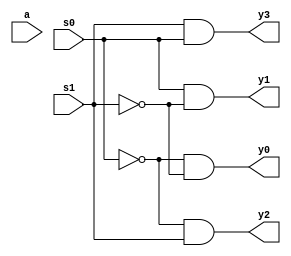

module demux_4x1_struct(a,y0,y1,y2,y3,s0,s1);
input a,s0,s1;
output y0,y1,y2,y3;
wire m,n;
not(m,s0);
not(n,s1);
and(y0,m,n);
and(y1,s0,n);
and(y2,m,s1);
and(y3,s1,s0);

endmodule